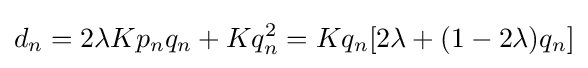
d_{n}=2\lambda Kp_{n}q_{n}+Kq_{n}^{2}=Kq_{n}[2\lambda +(1-2\lambda )q_{n}]